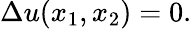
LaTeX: \Delta u(x_{1},x_{2})=0.